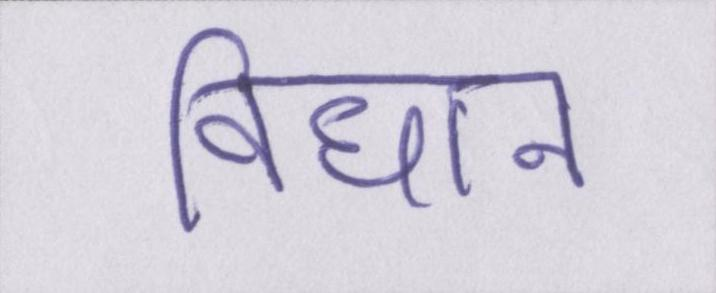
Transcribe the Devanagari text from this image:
विधान